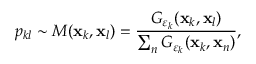
p _ { k l } \sim M ( \mathbf { x } _ { k } , \mathbf { x } _ { l } ) = \frac { G _ { \boldsymbol { \varepsilon } _ { k } } ( \mathbf { x } _ { k } , \mathbf { x } _ { l } ) } { \sum _ { n } G _ { \boldsymbol { \varepsilon } _ { k } } ( \mathbf { x } _ { k } , \mathbf { x } _ { n } ) } ,